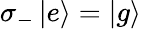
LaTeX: \sigma_{-}\left|e\right\rangle=\left|g\right\rangle